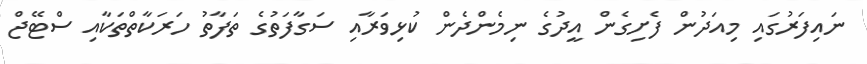
ނައިފަރުގައި މިއަދުން ފެށިގެން އީދުގެ ނިމެންދެން ކުޅިވަރާއި ސަގާފަތުގެ ތަފާތު ހަރަކާތްތަކާއި ސްޓޭޖް